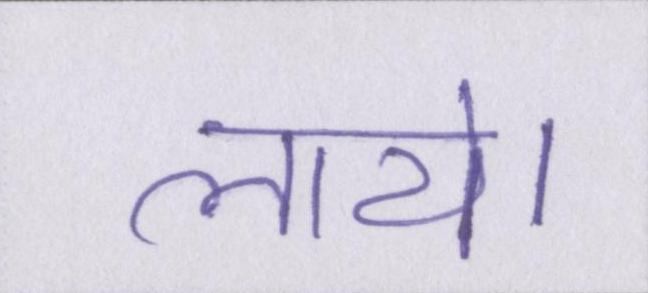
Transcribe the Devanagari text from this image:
लाये।